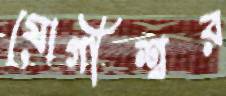
যোগীশ্বর